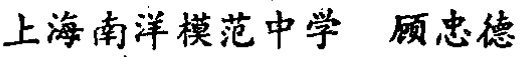
上海南洋模范中学 顾忠德